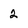
Character: 2